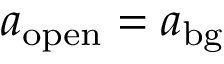
a _ { \mathrm { o p e n } } = a _ { \mathrm { b g } }